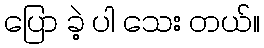
ပြော ခဲ့ ပါ သေး တယ်။